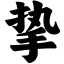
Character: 挚